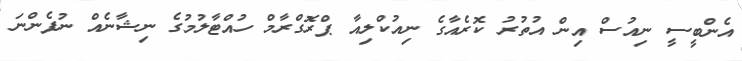
އެންބީސީ ނިއުސް އިން އުތުރު ކޮރެއާގެ ނިއުކްލިއާ ޕްރޮގްރާމް ހުއްޓާލުމުގެ ނިޝާނެއް ނުފެންނަ